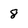
Character: 8